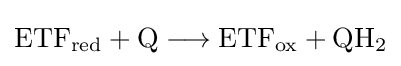
{\mathrm {ETF} {\vphantom {A}}_{\smash[{t}]{\mathrm {red} }}{}+{}\mathrm {Q} {}\mathrel {\longrightarrow } {}\mathrm {ETF} {\vphantom {A}}_{\smash[{t}]{\mathrm {ox} }}{}+{}\mathrm {QH} {\vphantom {A}}_{\smash[{t}]{2}}}